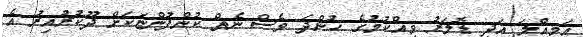
އަމިއްލަ އަދި ޑޮލަރު ވިއްކުމުގެ ހުންދަ ވެސް ނެތް ކުންފުންޏަކަށް ދޫކުރުއިރު އެ